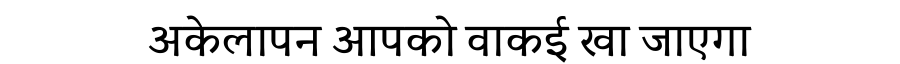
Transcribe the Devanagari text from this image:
अकेलापन आपको वाकई खा जाएगा